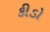
કીડો